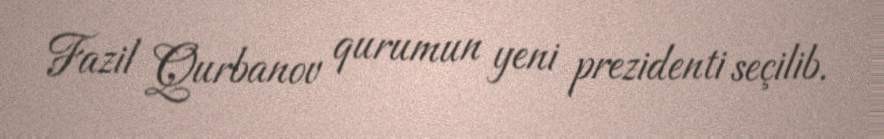
Fazil Qurbanov qurumun yeni prezidenti seçilib.